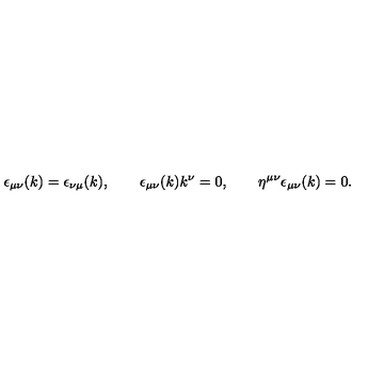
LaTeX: \epsilon _ { \mu \nu } ( k ) = \epsilon _ { \nu \mu } ( k ) , \qquad \epsilon _ { \mu \nu } ( k ) k ^ { \nu } = 0 , \qquad \eta ^ { \mu \nu } \epsilon _ { \mu \nu } ( k ) = 0 .